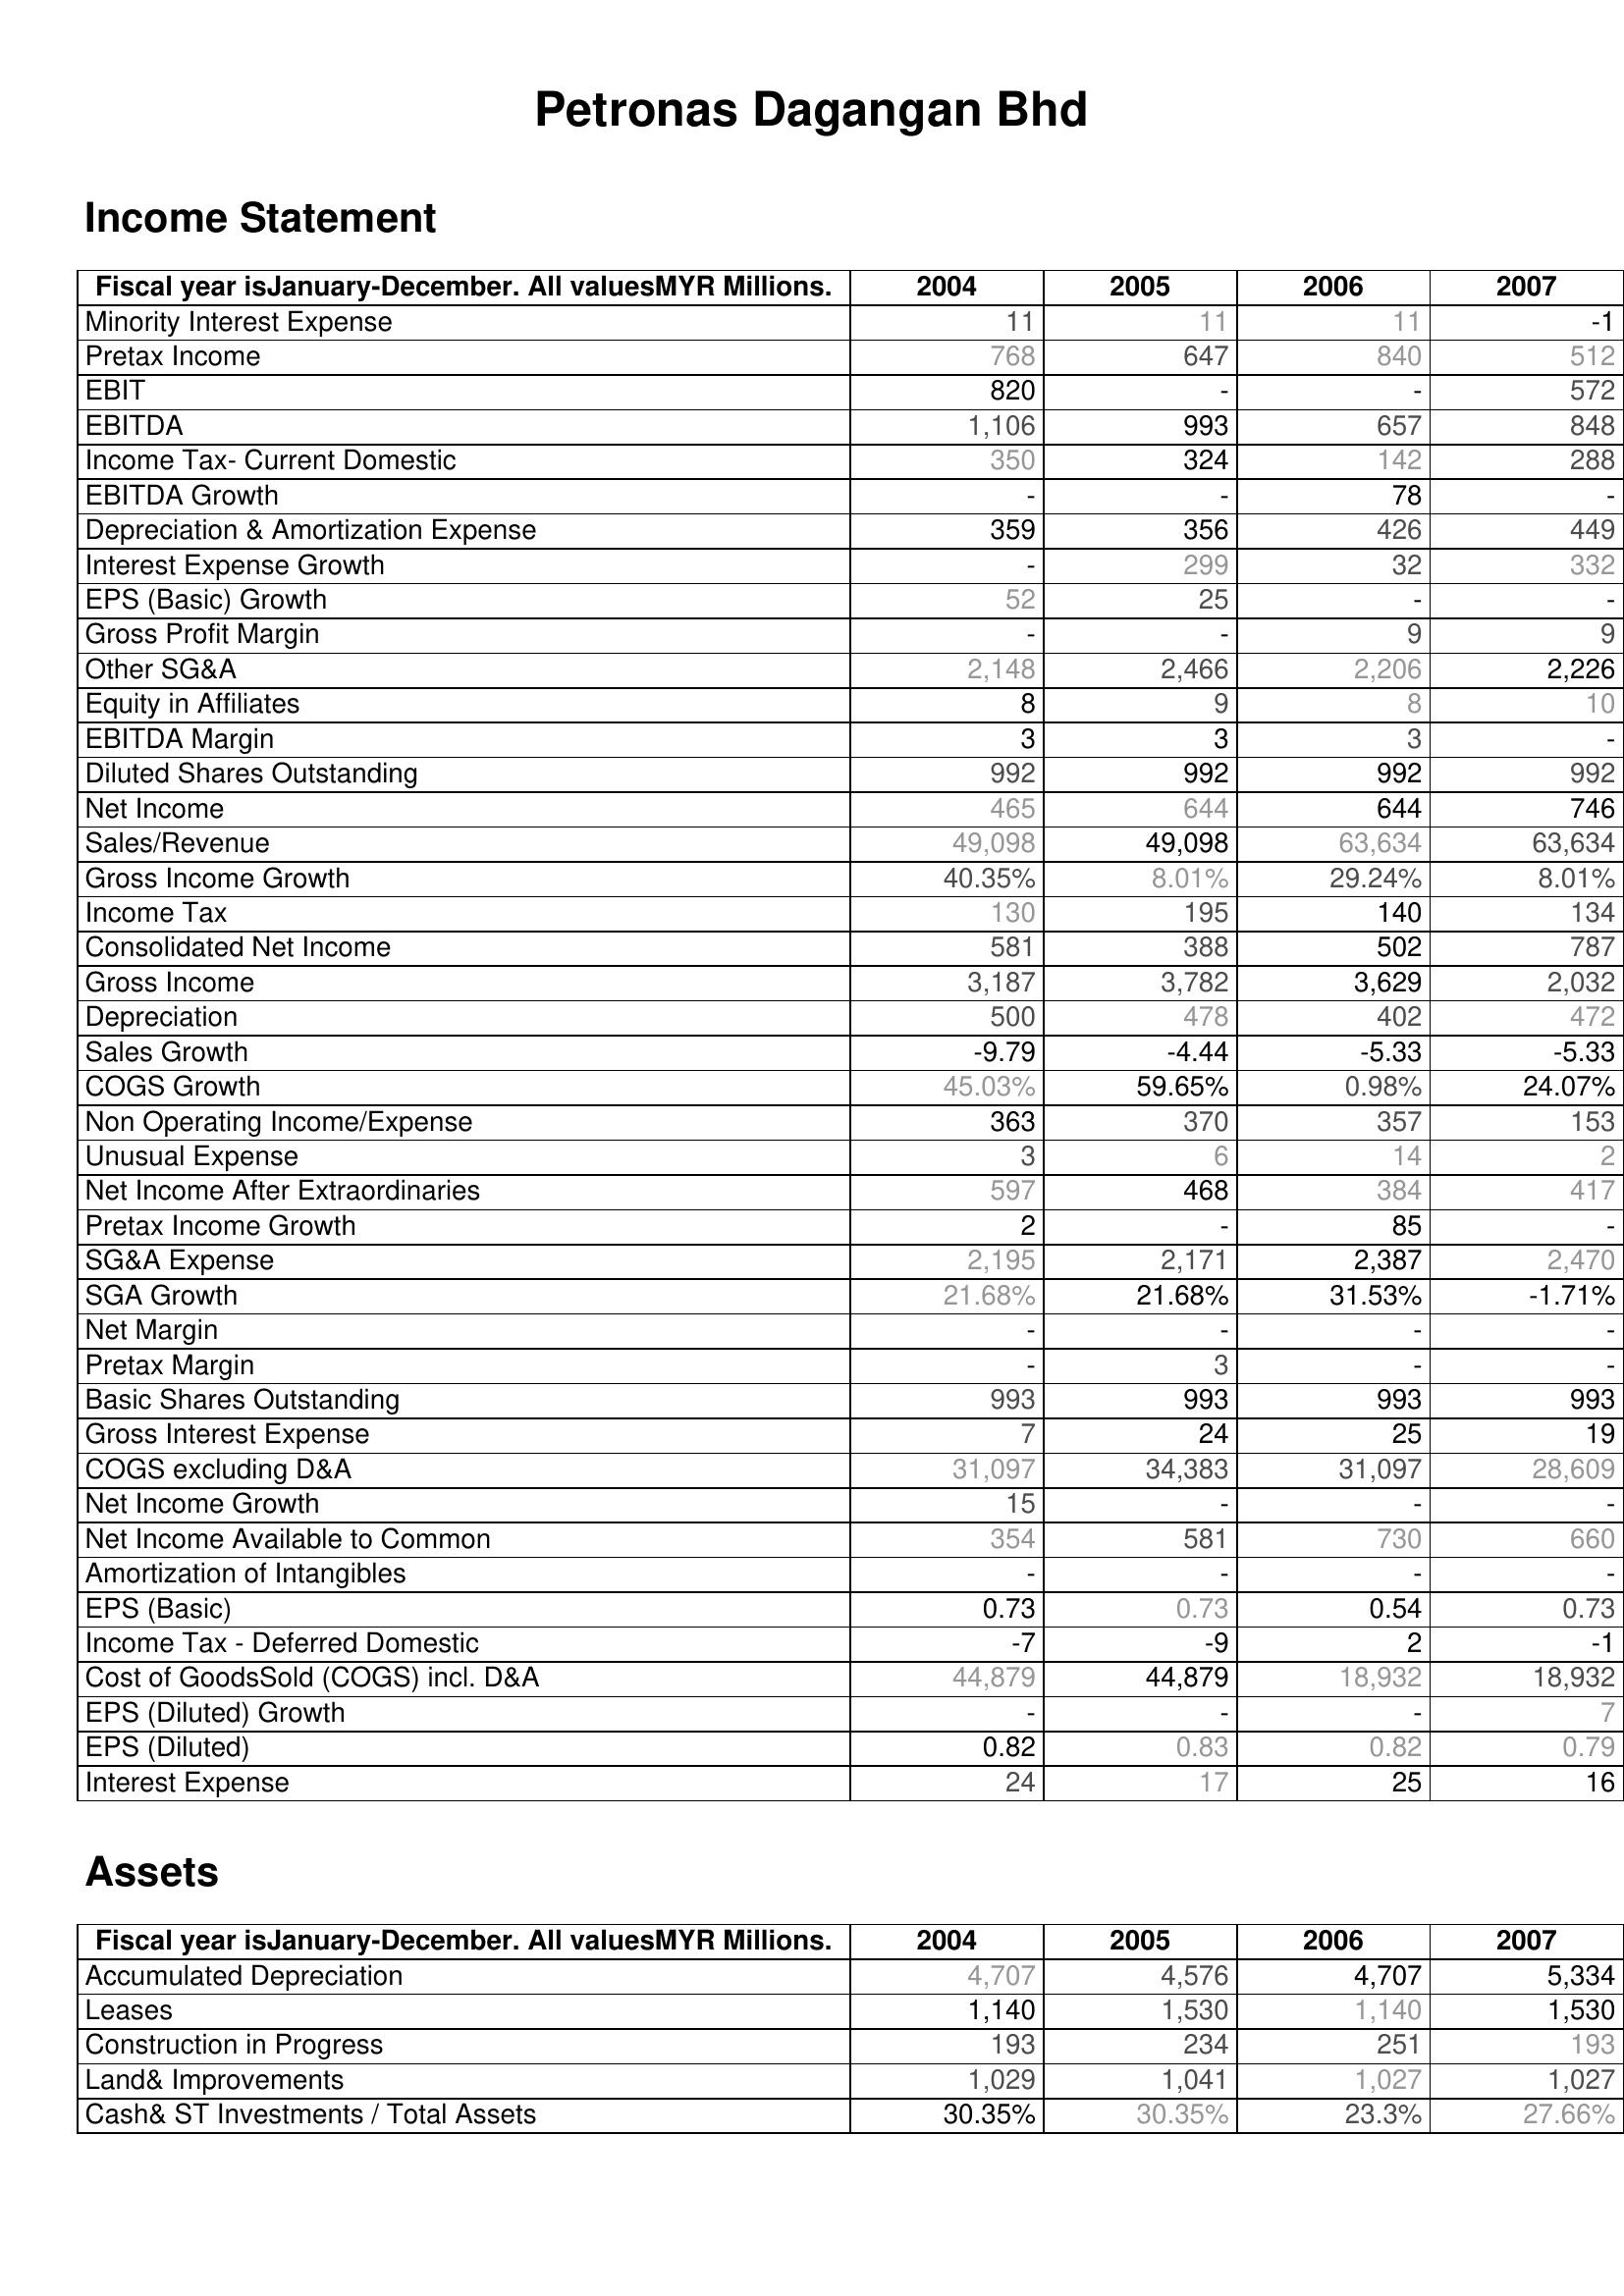
2004: Income Statement: Minority Interest Expense: 11
Pretax Income: 768
EBIT: 820
EBITDA: 1,106
Income Tax- Current Domestic: 350
EBITDA Growth: -
Depreciation & Amortization Expense: 359
Interest Expense Growth: -
EPS (Basic) Growth: 52
Gross Profit Margin: -
Other SG&A: 2,148
Equity in Affiliates: 8
EBITDA Margin: 3
Diluted Shares Outstanding: 992
Net Income: 465
Sales/Revenue: 49,098
Gross Income Growth: 40.35%
Income Tax: 130
Consolidated Net Income: 581
Gross Income: 3,187
Depreciation: 500
Sales Growth: -9.79
COGS Growth: 45.03%
Non Operating Income/Expense: 363
Unusual Expense: 3
Net Income After Extraordinaries: 597
Pretax Income Growth: 2
SG&A Expense: 2,195
SGA Growth: 21.68%
Net Margin: -
Pretax Margin: -
Basic Shares Outstanding: 993
Gross Interest Expense: 7
COGS excluding D&A: 31,097
Net Income Growth: 15
Net Income Available to Common: 354
Amortization of Intangibles: -
EPS (Basic): 0.73
Income Tax - Deferred Domestic: -7
Cost of GoodsSold (COGS) incl. D&A: 44,879
EPS (Diluted) Growth: -
EPS (Diluted): 0.82
Interest Expense: 24
Assets: Accumulated Depreciation: 4,707
Leases: 1,140
Construction in Progress: 193
Land& Improvements: 1,029
Cash& ST Investments / Total Assets: 30.35%
2005: Income Statement: Minority Interest Expense: 11
Pretax Income: 647
EBIT: -
EBITDA: 993
Income Tax- Current Domestic: 324
EBITDA Growth: -
Depreciation & Amortization Expense: 356
Interest Expense Growth: 299
EPS (Basic) Growth: 25
Gross Profit Margin: -
Other SG&A: 2,466
Equity in Affiliates: 9
EBITDA Margin: 3
Diluted Shares Outstanding: 992
Net Income: 644
Sales/Revenue: 49,098
Gross Income Growth: 8.01%
Income Tax: 195
Consolidated Net Income: 388
Gross Income: 3,782
Depreciation: 478
Sales Growth: -4.44
COGS Growth: 59.65%
Non Operating Income/Expense: 370
Unusual Expense: 6
Net Income After Extraordinaries: 468
Pretax Income Growth: -
SG&A Expense: 2,171
SGA Growth: 21.68%
Net Margin: -
Pretax Margin: 3
Basic Shares Outstanding: 993
Gross Interest Expense: 24
COGS excluding D&A: 34,383
Net Income Growth: -
Net Income Available to Common: 581
Amortization of Intangibles: -
EPS (Basic): 0.73
Income Tax - Deferred Domestic: -9
Cost of GoodsSold (COGS) incl. D&A: 44,879
EPS (Diluted) Growth: -
EPS (Diluted): 0.83
Interest Expense: 17
Assets: Accumulated Depreciation: 4,576
Leases: 1,530
Construction in Progress: 234
Land& Improvements: 1,041
Cash& ST Investments / Total Assets: 30.35%
2006: Income Statement: Minority Interest Expense: 11
Pretax Income: 840
EBIT: -
EBITDA: 657
Income Tax- Current Domestic: 142
EBITDA Growth: 78
Depreciation & Amortization Expense: 426
Interest Expense Growth: 32
EPS (Basic) Growth: -
Gross Profit Margin: 9
Other SG&A: 2,206
Equity in Affiliates: 8
EBITDA Margin: 3
Diluted Shares Outstanding: 992
Net Income: 644
Sales/Revenue: 63,634
Gross Income Growth: 29.24%
Income Tax: 140
Consolidated Net Income: 502
Gross Income: 3,629
Depreciation: 402
Sales Growth: -5.33
COGS Growth: 0.98%
Non Operating Income/Expense: 357
Unusual Expense: 14
Net Income After Extraordinaries: 384
Pretax Income Growth: 85
SG&A Expense: 2,387
SGA Growth: 31.53%
Net Margin: -
Pretax Margin: -
Basic Shares Outstanding: 993
Gross Interest Expense: 25
COGS excluding D&A: 31,097
Net Income Growth: -
Net Income Available to Common: 730
Amortization of Intangibles: -
EPS (Basic): 0.54
Income Tax - Deferred Domestic: 2
Cost of GoodsSold (COGS) incl. D&A: 18,932
EPS (Diluted) Growth: -
EPS (Diluted): 0.82
Interest Expense: 25
Assets: Accumulated Depreciation: 4,707
Leases: 1,140
Construction in Progress: 251
Land& Improvements: 1,027
Cash& ST Investments / Total Assets: 23.3%
2007: Income Statement: Minority Interest Expense: -1
Pretax Income: 512
EBIT: 572
EBITDA: 848
Income Tax- Current Domestic: 288
EBITDA Growth: -
Depreciation & Amortization Expense: 449
Interest Expense Growth: 332
EPS (Basic) Growth: -
Gross Profit Margin: 9
Other SG&A: 2,226
Equity in Affiliates: 10
EBITDA Margin: -
Diluted Shares Outstanding: 992
Net Income: 746
Sales/Revenue: 63,634
Gross Income Growth: 8.01%
Income Tax: 134
Consolidated Net Income: 787
Gross Income: 2,032
Depreciation: 472
Sales Growth: -5.33
COGS Growth: 24.07%
Non Operating Income/Expense: 153
Unusual Expense: 2
Net Income After Extraordinaries: 417
Pretax Income Growth: -
SG&A Expense: 2,470
SGA Growth: -1.71%
Net Margin: -
Pretax Margin: -
Basic Shares Outstanding: 993
Gross Interest Expense: 19
COGS excluding D&A: 28,609
Net Income Growth: -
Net Income Available to Common: 660
Amortization of Intangibles: -
EPS (Basic): 0.73
Income Tax - Deferred Domestic: -1
Cost of GoodsSold (COGS) incl. D&A: 18,932
EPS (Diluted) Growth: 7
EPS (Diluted): 0.79
Interest Expense: 16
Assets: Accumulated Depreciation: 5,334
Leases: 1,530
Construction in Progress: 193
Land& Improvements: 1,027
Cash& ST Investments / Total Assets: 27.66%